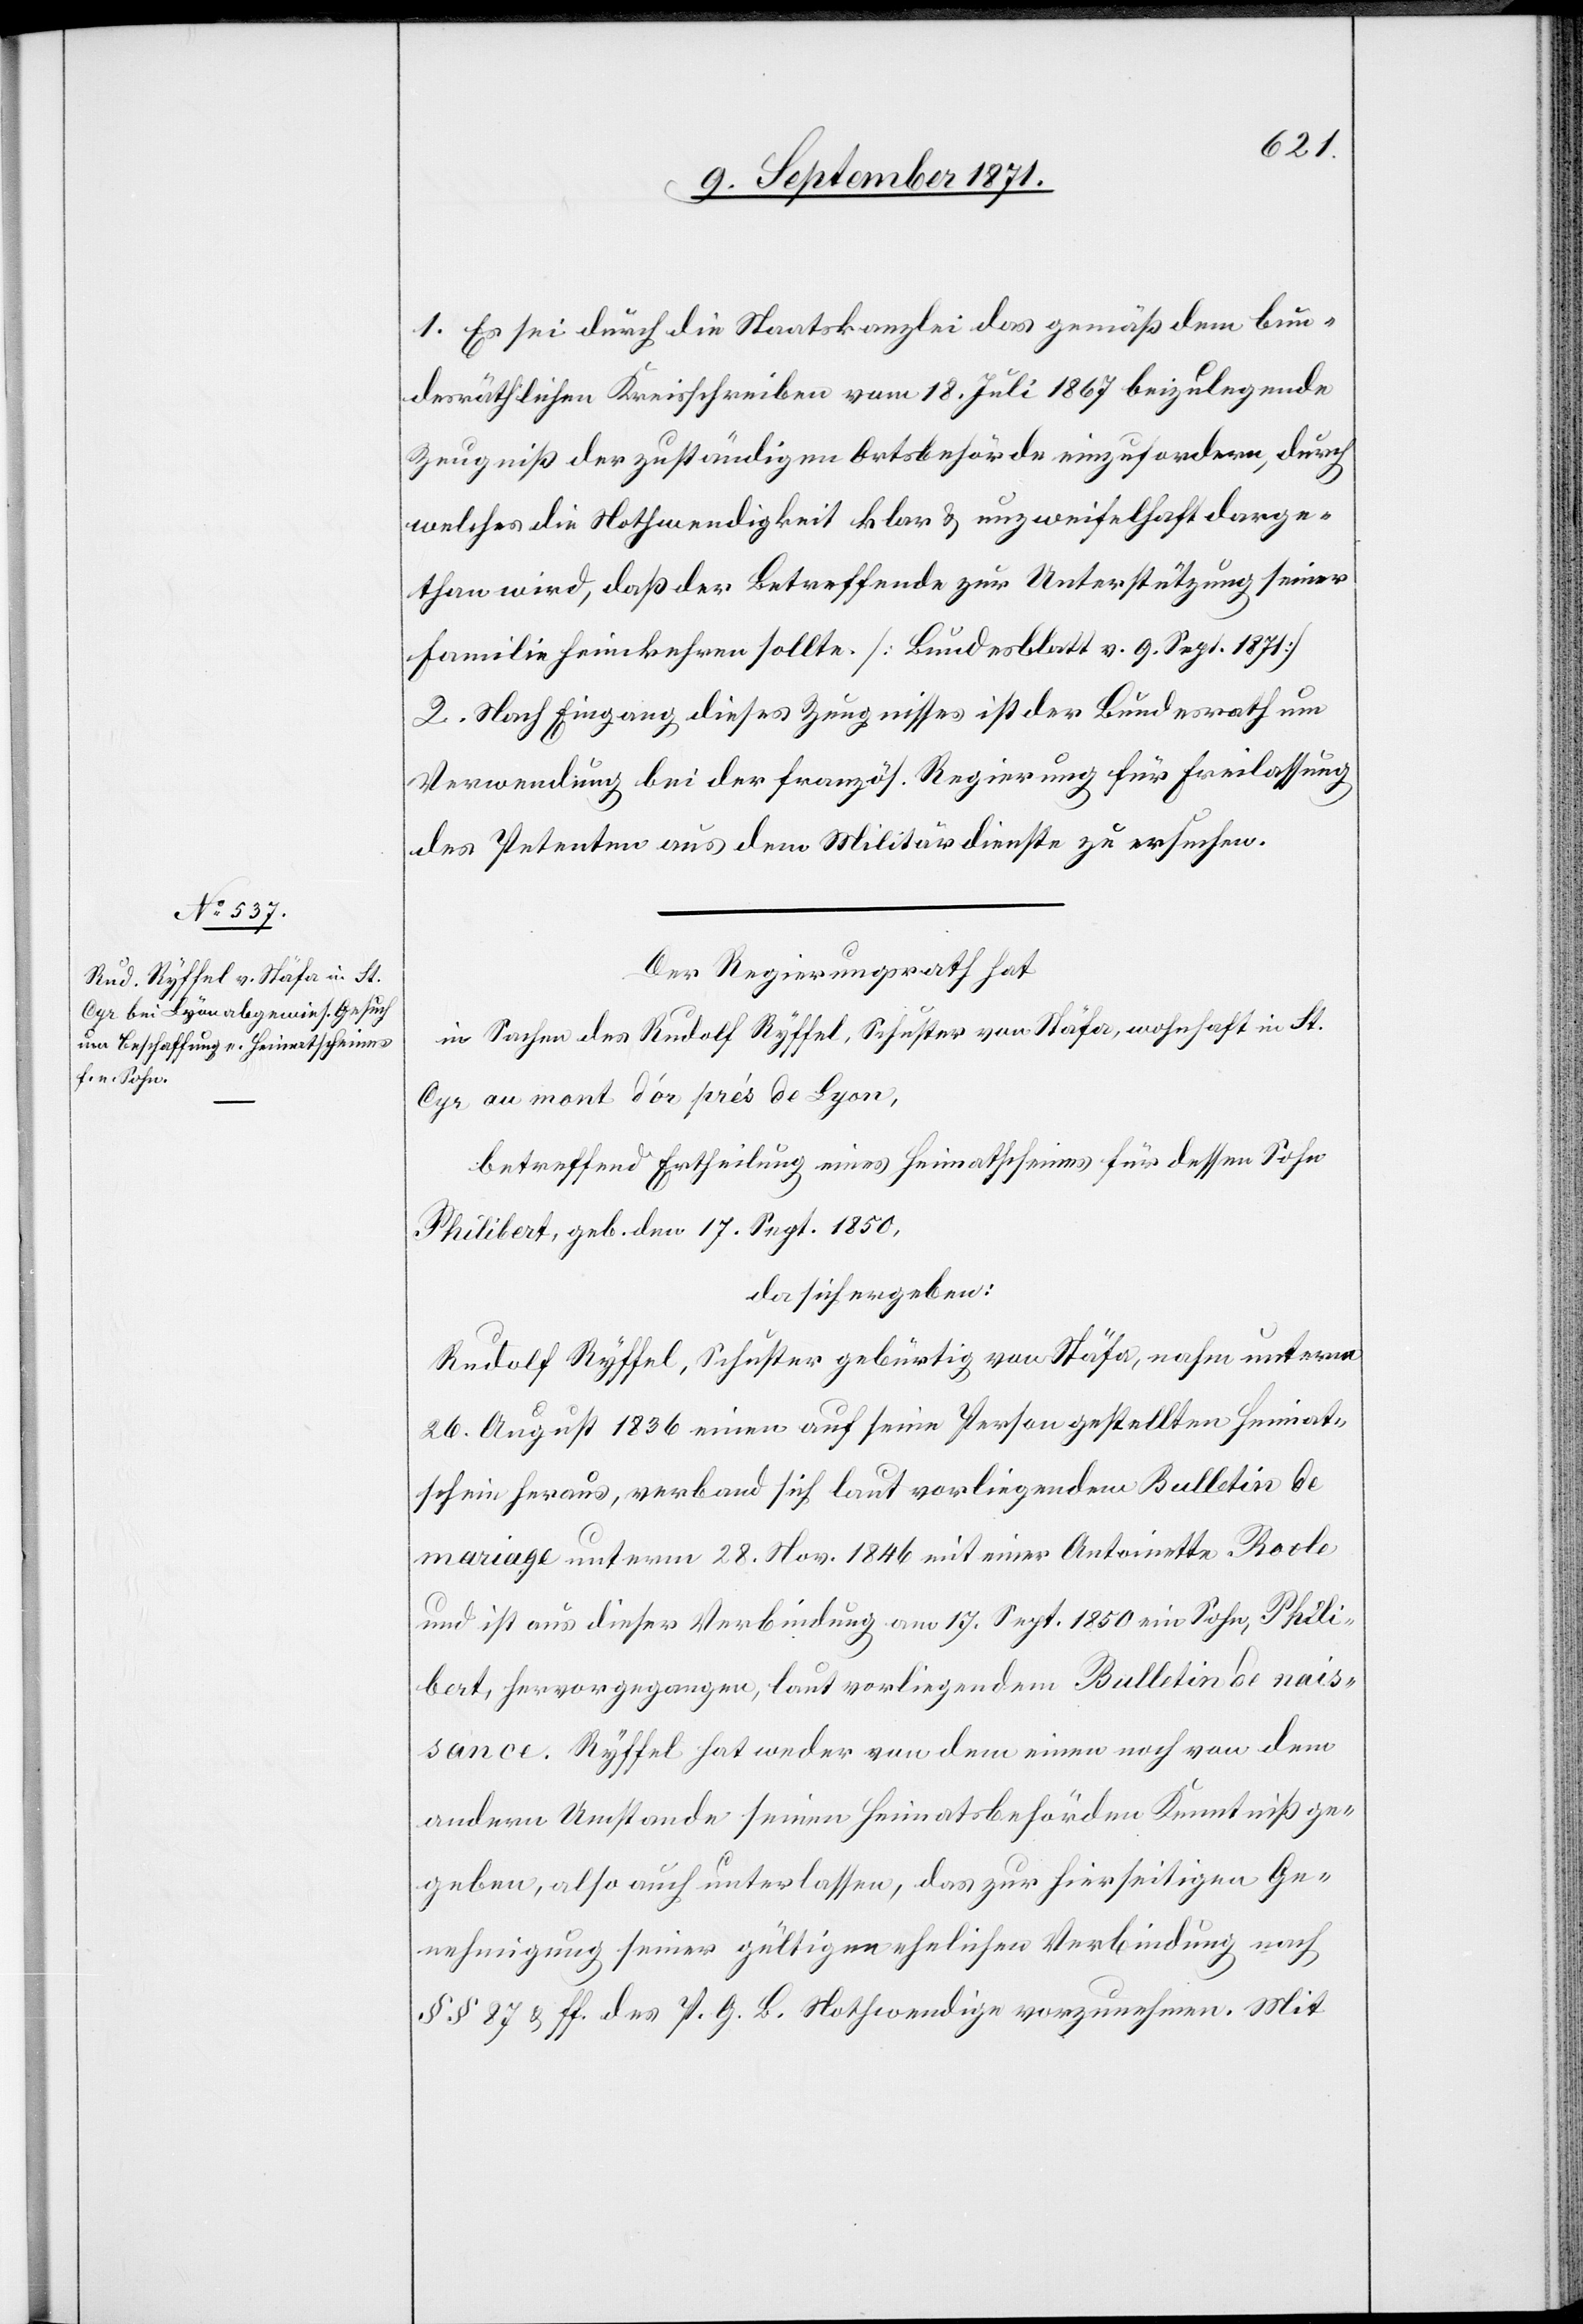
1. Es sei durch die Staatskanzlei das gemäß dem bun¬
desräthlichen Kreisschreiben vom 18. Juli 1867 beizulegende
Zeugniß der zuständigen Ortsbehörde einzufordern, durch
welches die Nothwendigkeit klar & unzweifelhaft darge¬
than wird, daß der Betreffende zur Unterstützung seiner
Familie heimkehren sollte. [Bundesblatt v. 9. Sept. 1871]
2. Nach Eingang dieses Zeugnisses ist der Bundesrath um
Verwendung bei der französ. Regierung für Freilassung
des Petenten aus dem Militärdienste zu ersuchen.
Der Regierungsrath hat
in Sachen des Rudolf Ryffel, Schuster von Stäfa, wohnhaft in St.
Cyr au mont d’or près de Lyon,
betreffend Ertheilung eines Heimatscheins für dessen Sohn
Philibert, geb. den 17. Sept. 1850,
da sich ergeben:
Rudolf Ryffel, Schuster gebürtig von Stäfa, nahm unterm
26. August 1836 einen auf seine Person gestellten Heimat¬
schein heraus, verband sich laut vorliegendem Bulletin de
mariage unterm 28. Nov. 1846 mit einer Antoinette Rocle
und ist aus dieser Verbindung am 17. Sept. 1850 ein Sohn, Phili¬
bert, hervorgegagen, laut vorliegendem Bulletin de nais¬
sance. Ryffel hat weder von dem einen noch von dem
andern Umstande seinen Heimatsbehörden Kenntniß ge¬
geben, also auch unterlassen, das zur hierseitigen Ge¬
nehmigung seiner gültigen ehelichen Verbindung nach
§§ 87 & ff. des P. G. B. Nothwendige vorzunehmen. Mit